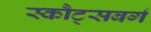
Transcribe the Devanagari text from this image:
स्कौट्सबर्ग